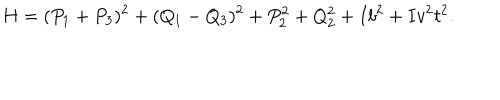
LaTeX: H = ( P _ { 1 } + P _ { 3 } ) ^ { 2 } + ( Q _ { 1 } - Q _ { 3 } ) ^ { 2 } + P _ { 2 } ^ { 2 } + Q _ { 2 } ^ { 2 } + I b ^ { 2 } + I v ^ { 2 } t ^ { 2 } .